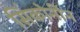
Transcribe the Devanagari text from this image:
सिंकोनीन